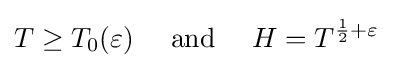
T\geq T_{0}(\varepsilon )\quad {\text{ and }}\quad H=T^{{\frac {1}{2}}+\varepsilon }